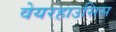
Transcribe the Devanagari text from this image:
वेयरहाउसिस